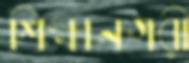
শিক্ষানগরী